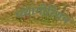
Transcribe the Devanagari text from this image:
प्य्थागोरियन